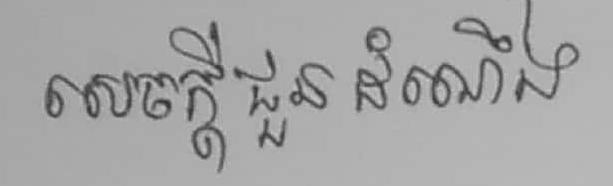
សេចក្ដីជួន ដំណឺង